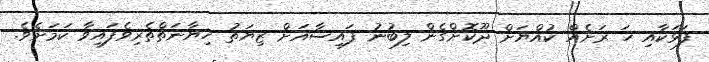
ފަޅަކާއި ހަ ރަށެއް ކުއްޔަށް ދޫކޮށްގެން ލިބުނު ފައިސާއަށް ޒިޔަތު ހިޔާނަތްތެރިވެފައިވާ ކަމަށެވެ.